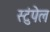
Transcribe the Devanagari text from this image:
स्टुंपेल